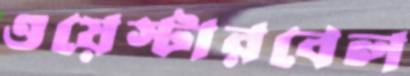
ওয়েস্টারবেল